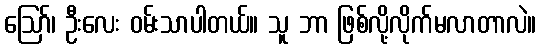
ဪ၊ ဦးလေး ဝမ်းသာပါတယ်။ သူ ဘာ ဖြစ်လို့လိုက်မလာတာလဲ။